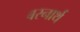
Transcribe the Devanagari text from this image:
बरनार्थ